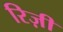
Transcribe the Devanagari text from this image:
रिज़ी